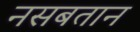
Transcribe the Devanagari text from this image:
नसबतान